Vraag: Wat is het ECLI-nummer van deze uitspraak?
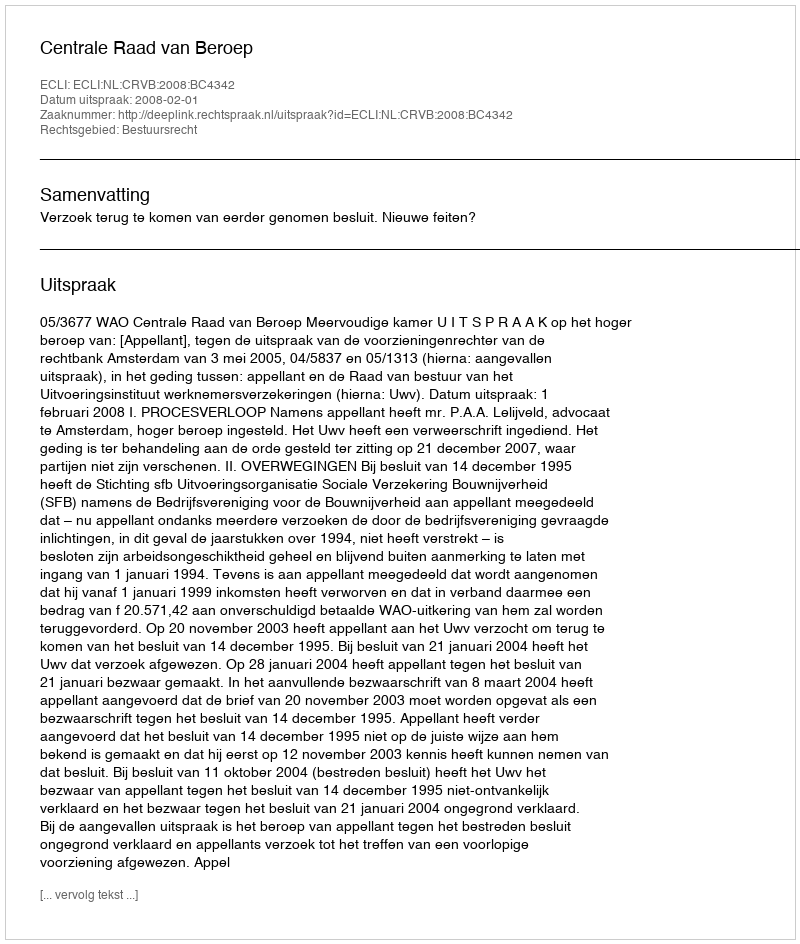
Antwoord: ECLI:NL:CRVB:2008:BC4342